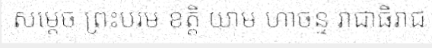
សម្តេច ព្រះបរម ខត្តិ យាម ហាចន្ទ រាជាធិរាជ